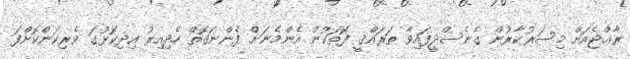
ރާޢްޖެއަށް މިސަރުކާރުން ގެނެސްދީފައިވާ ތަރައްޤީ ފޮތަކުން އެންމެނަށް ފެންނަގޮތް ހެދިއިރު އިދިކޮޅުގަ ވެރިކަންކޮށްފަ